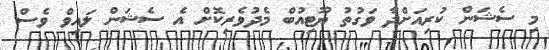
މި ސެޝަން ކުރިއަށްދާ ވަގުތު ޔޫޓިއުބް މެދުވެރިކޮށް އެ ސެޝަން ލައިވް ވެސް